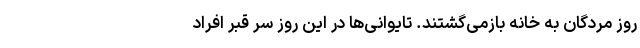
روز مردگان به خانه بازمی‌گشتند. تایوانی‌ها در این روز سر قبر افراد